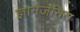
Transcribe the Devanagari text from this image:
ज्ञानजनित